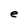
Character: e